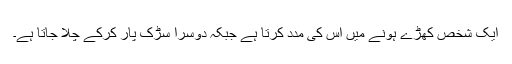
ایک شخص کھڑے ہونے میں اس کی مدد کرتا ہے جبکہ دوسرا سڑک پار کرکے چلا جاتا ہے۔